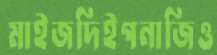
মাইজদিইগনাজিও